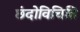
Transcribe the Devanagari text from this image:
छंदोविचिति